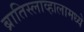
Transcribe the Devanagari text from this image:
ब्रातिस्लाव्हालामध्ये